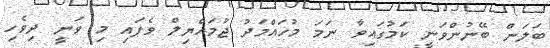
ބަލަން ބޭނުންވަނީ ކަމުގައިވާ ނަމަ މުހައްމަދު ޖުމައްޔިލް ވެފައި މި ވަނީ ދިވެހި